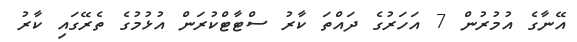
އޭނާގެ އުމުރުން 7 އަހަރުގެ ދައްތަ ކާރު ސްޓާޓްކުރަން އުޅުމުގެ ތެރޭގައި ކާރު